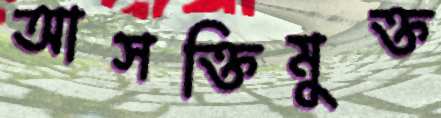
আসক্তিমুক্ত